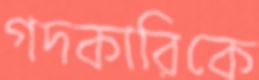
গদকারিকে